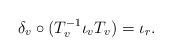
LaTeX: \begin{align*}\delta_v \circ (T_v^{-1} \iota_v T_v) = \iota_r.\end{align*}